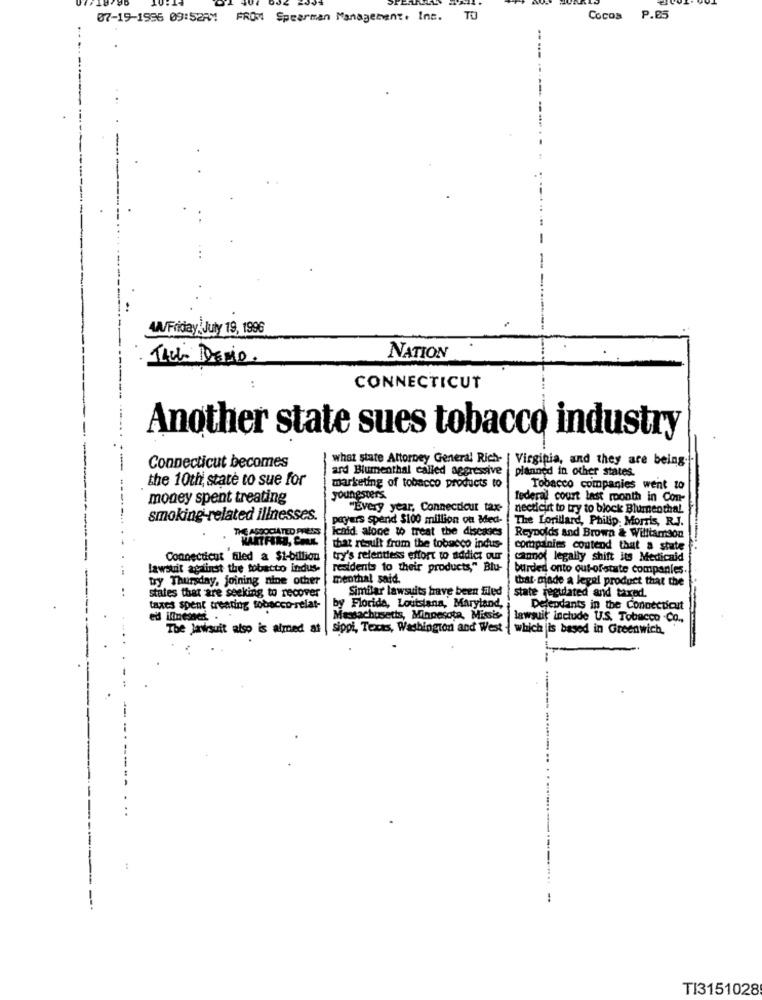
07-19-1996 09:52AM FROM Spearman Management, Inc. TU
Cocos P.05
4A/Friday July 19, 1996
TALL DEMio.
NATION
CONNECTICUT
Another state sues tobacco industry
what state Attorney General Rich-
Virginia, and they are being
Connecticut becomes
ard Blumenthal called aggressive
planned in other states.
the 10th, state to sue for
marketing of tobacco products to
Tobacco companies went to
money spent treating
youngsters.
federal court last month in Con-
"Every year, Connecticut tax-
necticut to try to block Blumenthal
smoking-related illnesses.
payers spend $100 million on Med-
The Lorillard, Philip Morris, R.J.
icald. alone to treat the diseases
THE ASSOCIATED PRESS
Reynolds and Brown & Williamson
that result from the tobacco indus-
companies coutend that a state
Connecticut filed a $1-billion
try's relentless effort to addict our
Cannot legally shift its Medicaid
lawsuit against the tobacco indus-
residents to their products," Blu-
burded onto out-ofstate companies.
try Thursday, joining nine other
menthal said.
that giade a legel product that the
Similar lawsuits have been filed
states that are seeking to recover
state regulated and taxed.
taxes spent treating tobacco-relat-
by Florida, Loutsiana, Maryland,
Delendants in the Connecticut
ed ilinesaet . .
Massachusetts, Minnesota, Missis
lawsuit include U.S. Tobacco Co.
The Jawsuit also is aimed at | sippi, Texas, Washington and West
which is based in Greenwich.
....
TI3151028